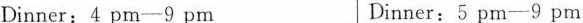
Dinner：4 pm-9 pm Dinner：5 pm-9 pm